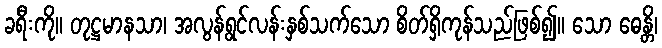
ခရီးကို။ တုဋ္ဌမာနသာ၊ အလွန်ရွင်လန်းနှစ်သက်သော စိတ်ရှိကုန်သည်ဖြစ်၍။ သော ဓေန္တိ၊